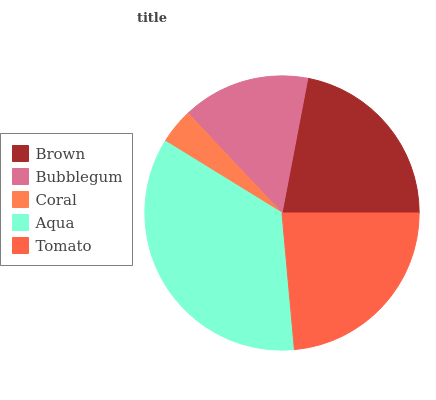
| Brown | Bubblegum | Coral | Aqua | Tomato |
 | --- | --- | --- | --- | --- |
 | 22% | 15.1% | 4.2% | 35.2% | 23.6% |